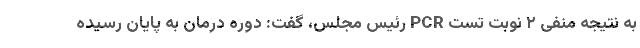
به نتیجه منفی ۲ نوبت تست PCR رئیس مجلس، گفت: دوره درمان به پایان رسیده